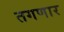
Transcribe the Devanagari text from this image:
तगणार